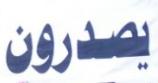
يصدرون